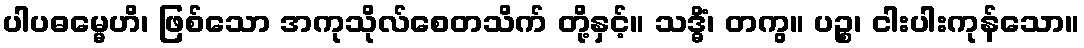
ပါပဓမ္မေဟိ၊ ဖြစ်သော အကုသိုလ်စေတသိက် တို့နှင့်။ သဒ္ဓိံ၊ တကွ။ ပဉ္စ၊ ငါးပါးကုန်သော။